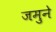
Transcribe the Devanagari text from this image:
जमुने